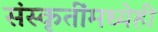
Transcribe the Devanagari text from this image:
संस्कृतींमध्येही